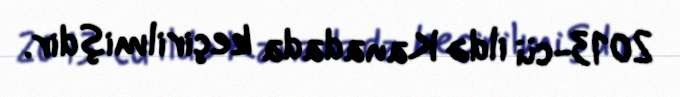
2013-cü ildə Kanadada keçirilmişdir.